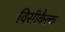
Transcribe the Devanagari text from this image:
विसीकैल्क